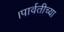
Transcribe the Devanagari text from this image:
।पार्वतीच्या